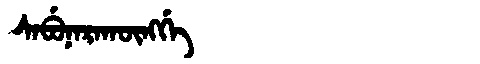
Manchu: ᠰᠠᠪᡠᠨᠠᡵᠠᡴᡡᠩᡤᡝ
Romanization: SABUNARAKŪNGGE